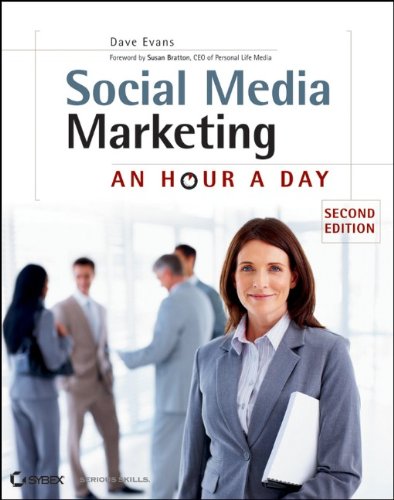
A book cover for Social Media Marketing: An Hour a Day; Dave Evans; Computers & Technology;